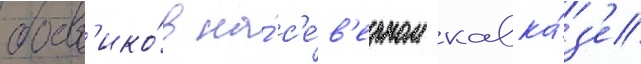
боев'ико́в на́ с'е́в'ерном кавка́з'е